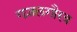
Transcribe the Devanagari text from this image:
गज़लगौरव